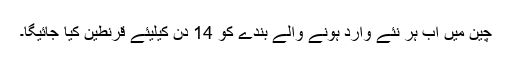
چین میں اب ہر نئے وارد ہونے والے بندے کو 14 دن کیلیئے قرنطین کیا جائیگا۔